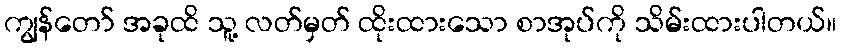
ကျွန်တော် အခုထိ သူ့ လတ်မှတ် ထိုးထားသော စာအုပ်ကို သိမ်းထားပါတယ်။